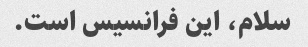
سلام، این فرانسیس است.